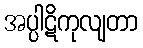
အပ္ပါဋိကုလျတာ